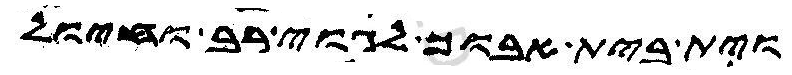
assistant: וית בית אבוך לגוי רב וחיול